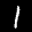
Label: 1